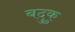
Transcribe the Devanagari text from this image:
बदुकु